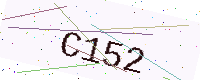
Text: C152